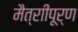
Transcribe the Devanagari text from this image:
मैत्राीपूर्ण